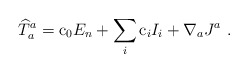
\begin{align*}{\widehat T}_a^a= {\rm c}_0 E_n + \sum_i {\rm c}_i I_i + \nabla_a J^a\ .\end{align*}